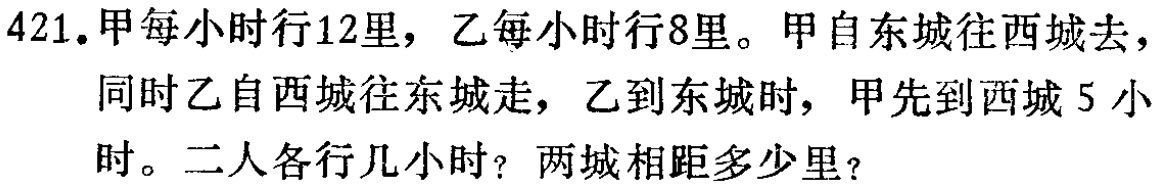
421.甲每小时行12里，乙每小时行8里。甲自东城往西城去，同时乙自西城往东城走，乙到东城时，甲先到西城5小时。二人各行几小时？两城相距多少里？